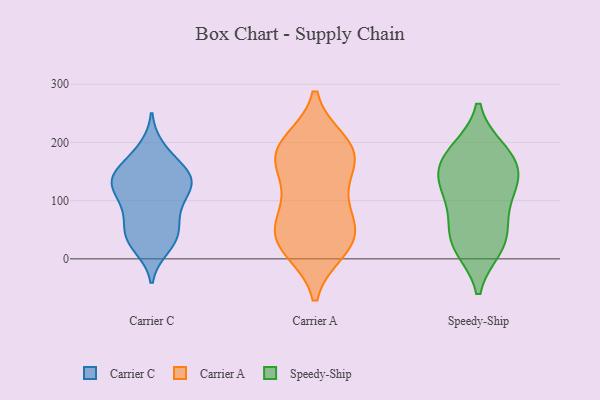
{"axis": {"x": "Operating Costs (USD K)", "y": "Value"}, "legend": ["Carrier A", "Carrier C", "Speedy-Ship"], "data": [{"x": "", "y": 20, "type": "Carrier C"}, {"x": "", "y": 139, "type": "Carrier C"}, {"x": "", "y": 179, "type": "Carrier C"}, {"x": "", "y": 29, "type": "Carrier C"}, {"x": "", "y": 108, "type": "Carrier C"}, {"x": "", "y": 137, "type": "Carrier C"}, {"x": "", "y": 38, "type": "Carrier C"}, {"x": "", "y": 136, "type": "Carrier C"}, {"x": "", "y": 140, "type": "Carrier C"}, {"x": "", "y": 47, "type": "Carrier C"}, {"x": "", "y": 147, "type": "Carrier C"}, {"x": "", "y": 70, "type": "Carrier C"}, {"x": "", "y": 111, "type": "Carrier C"}, {"x": "", "y": 147, "type": "Carrier C"}, {"x": "", "y": 36, "type": "Carrier C"}, {"x": "", "y": 189, "type": "Carrier C"}, {"x": "", "y": 128, "type": "Carrier C"}, {"x": "", "y": 75, "type": "Carrier C"}, {"x": "", "y": 96, "type": "Carrier C"}, {"x": "", "y": 177, "type": "Carrier A"}, {"x": "", "y": 62, "type": "Carrier A"}, {"x": "", "y": 46, "type": "Carrier A"}, {"x": "", "y": 31, "type": "Carrier A"}, {"x": "", "y": 195, "type": "Carrier A"}, {"x": "", "y": 17, "type": "Carrier A"}, {"x": "", "y": 180, "type": "Carrier A"}, {"x": "", "y": 22, "type": "Carrier A"}, {"x": "", "y": 165, "type": "Carrier A"}, {"x": "", "y": 199, "type": "Carrier A"}, {"x": "", "y": 102, "type": "Carrier A"}, {"x": "", "y": 108, "type": "Carrier A"}, {"x": "", "y": 43, "type": "Carrier A"}, {"x": "", "y": 173, "type": "Carrier A"}, {"x": "", "y": 125, "type": "Speedy-Ship"}, {"x": "", "y": 27, "type": "Speedy-Ship"}, {"x": "", "y": 86, "type": "Speedy-Ship"}, {"x": "", "y": 147, "type": "Speedy-Ship"}, {"x": "", "y": 128, "type": "Speedy-Ship"}, {"x": "", "y": 20, "type": "Speedy-Ship"}, {"x": "", "y": 27, "type": "Speedy-Ship"}, {"x": "", "y": 137, "type": "Speedy-Ship"}, {"x": "", "y": 61, "type": "Speedy-Ship"}, {"x": "", "y": 186, "type": "Speedy-Ship"}, {"x": "", "y": 176, "type": "Speedy-Ship"}, {"x": "", "y": 182, "type": "Speedy-Ship"}]}